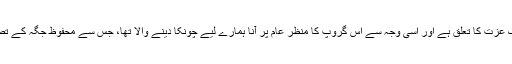
ہمارا ایک دوسرے سے ایک عزت کا تعلق ہے اور اسی وجہ سے اس گروپ کا منظر عام پر آنا ہمارے لیے چونکا دینے والا تھا، جس سے محفوظ جگہ کے تصور کی دھجیاں بکھر گئیں۔